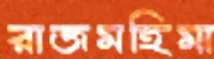
রাজমহিমা